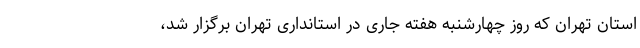
استان تهران که روز چهارشنبه هفته جاری در استانداری تهران برگزار شد،